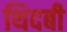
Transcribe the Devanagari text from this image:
थिदबी